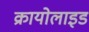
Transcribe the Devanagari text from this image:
क्रायोलाइड